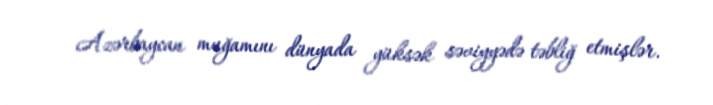
Azərbaycan muğamını dünyada yüksək səviyyədə təbliğ etmişlər.